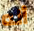
أنه